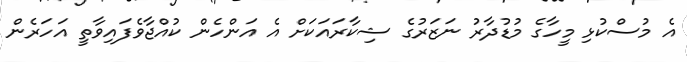
އެ މުސްކުޅި މީހާގެ މުޑުދާރު ނަޒަރުގެ ޝިކާރައަކަށް އެ އަންހެން ކުއްޖާވެފައިވާތީ އަހަރެން